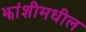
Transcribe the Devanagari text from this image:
झांशीमधील